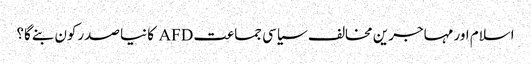
اسلام اور مہاجرین مخالف سیاسی جماعت AFD کا نیا صدرکون بنےگا؟